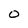
Character: O